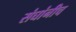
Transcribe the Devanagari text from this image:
संघांनीच